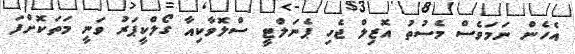
އެހެން ނަމަވެސް މެސުތު އޮޒިލް ޖެހި ޕެނަލްޓީ ސްލޮވާކިއާ ގޯލްކީޕަރު ވަނީ މަތަކޮށްފަ